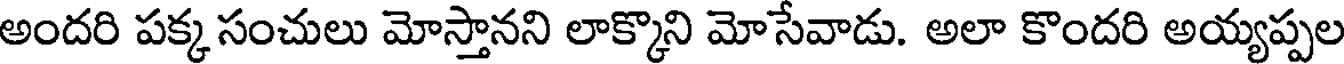
అందరి పక్క సంచులు మోస్తానని లాక్కొని మోసేవాడు. అలా కొందరి అయ్యప్పల